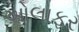
ઓલાફર